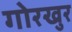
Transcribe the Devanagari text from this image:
गोरखुर